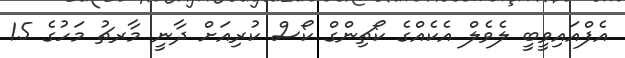
އެފްއައިވީބީ ލެވެލް އެކެއްގެ ކޯޗިންގް ކޯސް ކުރިއަށް ދާނީ މާރޗު މަހުގެ 15